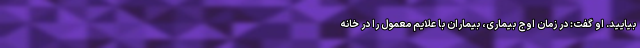
بیایید. او گفت: در زمان اوج بیماری، بیماران با علایم معمول را در خانه